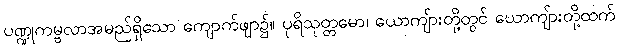
ပဏ္ဍုကမ္ဗလာအမည်ရှိသော ကျောက်ဖျာ၌။ ပုရိသုတ္တမော၊ ယောကျ်ားတို့တွင် ယောကျ်ားတို့ထက်